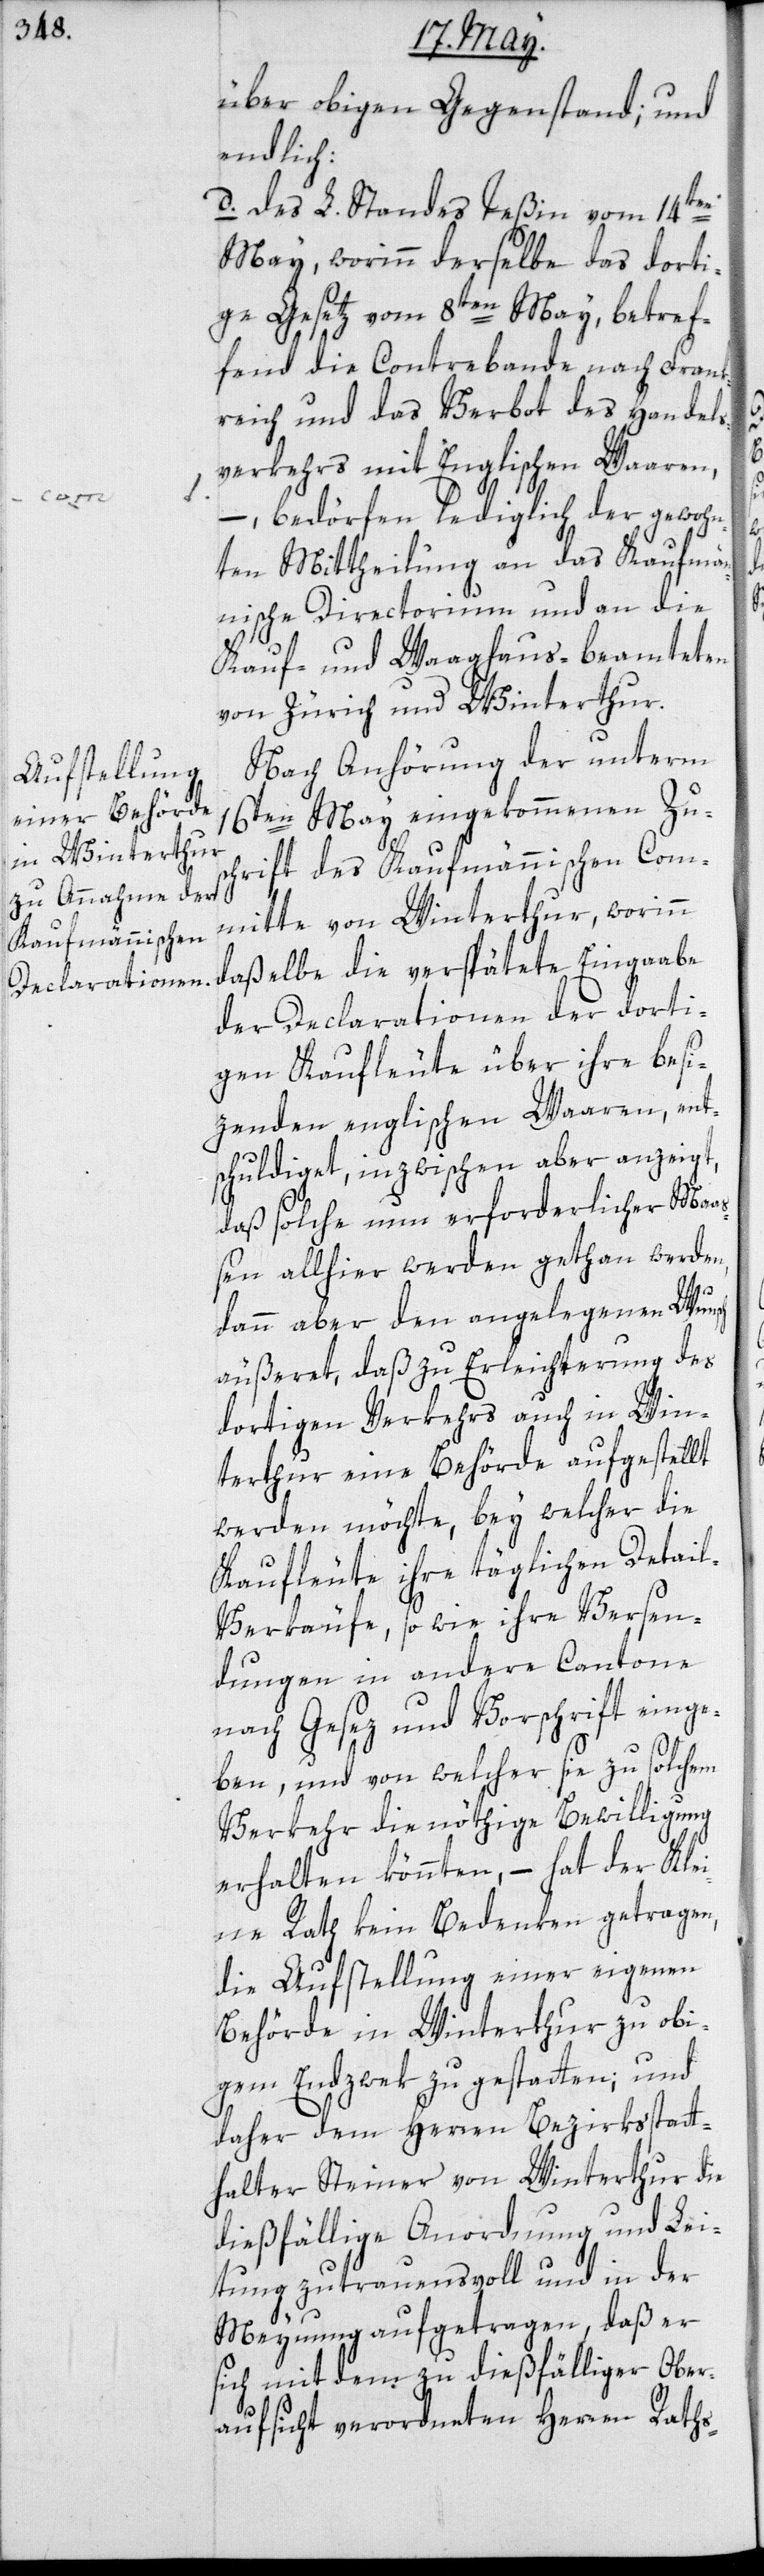
über obigen Gegenstand; und
endlich:
d) Des L. Standes Teßin vom 14ten
May, worinn derselbe das dorti¬
ge Gesetz vom 8ten May, betref¬
fend die Contrebande nach Frank¬
reich und das Verbot des Handels¬
verkehrs mit Englischen Waaren,
bedörfen lediglich der gewohn¬
ten Mittheilung an das Kaufmän¬
nische Directorium und an die
Kauf- und Waaghaus-beamteten
von Zürich und Winterthur.
Nach Anhörung der unterm
16ten May eingekommenen Zus¬
chrift des Kaufmännischen Com¬
mite von Winterthur, worinn
daßelbe die verspätete Eingaabe
der Declarationen der dorti¬
gen Kaufleute über ihre besi¬
zenden englischen Waaren, ent¬
schuldiget, inzwischen aber anzeigt,
daß solche nun erforderlicher Maa¬
ßen allhier werden gethan werden,
dann aber den angelegenen Wunsch
äußeret, daß zu Erleichterung des
dortigen Verkehrs auch in Win¬
terthur eine Behörde aufgestellt
werden möchte, bey welcher die
Kaufleute ihre täglichen Detai¬
l-Verkäufe, so wie ihre Versen¬
dungen in andere Cantone
nach Gesez und Vorschrift einge¬
ben, und von welcher sie zu solchem
Verkehr die nöthige Bewilligung
erhalten könnten, – hat der Klei¬
ne Rath kein Bedenken getragen,
die Aufstellung einer eigenen
Behörde in Winterthur zu obi¬
gem Endzwek zu gestatten; und
daher dem Herren Bezirksstatt¬
halter Steiner von Winterthur die
dießfällige Anordnung und Lei¬
tung zutrauensvoll und in der
Meynung aufgetragen, daß er
sich mit dem zu dießfälliger Ober¬
aufsicht verordneten Herren Raths-